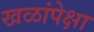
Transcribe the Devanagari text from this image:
खळांपेक्षा